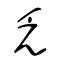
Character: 乏